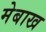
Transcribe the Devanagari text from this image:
मेबाख